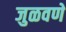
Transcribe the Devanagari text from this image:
जुळवणे